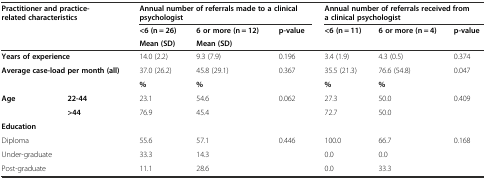
<table><thead><tr><td rowspan="3" colspan="2"><b>Practitioner and practice-related characteristics</b></td><td colspan="3"><b>Annual number of referrals made to a clinical psychologist</b></td><td colspan="3"><b>Annual number of referrals received from a clinical psychologist</b></td></tr><tr><td><b>&lt;6 (n = 26)</b></td><td><b>6 or more (n = 12)</b></td><td><b>p-value</b></td><td><b>&lt;6 (n = 11)</b></td><td><b>6 or more (n = 4)</b></td><td><b>p-value</b></td></tr><tr><td><b>Mean (SD)</b></td><td><b>Mean (SD)</b></td><td></td><td></td><td></td><td></td></tr></thead><tbody><tr><td colspan="2"><b>Years of experience</b></td><td>14.0 (2.2)</td><td>9.3 (7.9)</td><td>0.196</td><td>3.4 (1.9)</td><td>4.3 (0.5)</td><td>0.374</td></tr><tr><td colspan="2"><b>Average case-load per month (all)</b></td><td>37.0 (26.2)</td><td>45.8 (29.1)</td><td>0.367</td><td>35.5 (21.3)</td><td>76.6 (54.8)</td><td>0.047</td></tr><tr><td colspan="2"></td><td><b>%</b></td><td><b>%</b></td><td></td><td><b>%</b></td><td><b>%</b></td><td></td></tr><tr><td><b>Age</b></td><td><b>22-44</b></td><td>23.1</td><td>54.6</td><td>0.062</td><td>27.3</td><td>50.0</td><td>0.409</td></tr><tr><td></td><td><b>&gt;44</b></td><td>76.9</td><td>45.4</td><td></td><td>72.7</td><td>50.0</td><td></td></tr><tr><td colspan="2"><b>Education</b></td><td></td><td></td><td></td><td></td><td></td><td></td></tr><tr><td colspan="2">Diploma</td><td>55.6</td><td>57.1</td><td>0.446</td><td>100.0</td><td>66.7</td><td>0.168</td></tr><tr><td colspan="2">Under-graduate</td><td>33.3</td><td>14.3</td><td></td><td>0.0</td><td>0.0</td><td></td></tr><tr><td colspan="2">Post-graduate</td><td>11.1</td><td>28.6</td><td></td><td>0.0</td><td>33.3</td><td></td></tr></tbody></table>